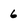
Character: 6